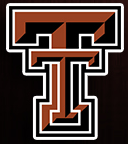
TT